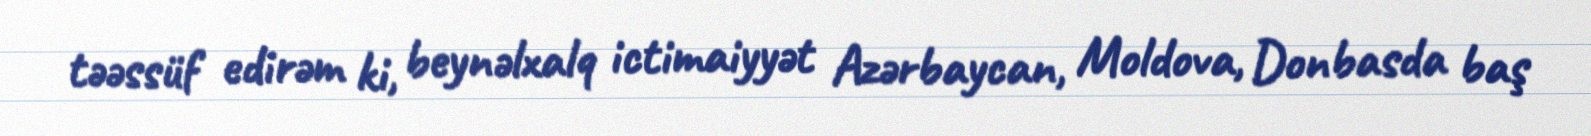
təəssüf edirəm ki, beynəlxalq ictimaiyyət Azərbaycan, Moldova, Donbasda baş